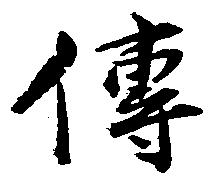
伝